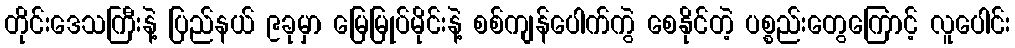
တိုင်းဒေသကြီးနဲ့ ပြည်နယ် ၉ခုမှာ မြေမြုပ်မိုင်းနဲ့ စစ်ကျန်ပေါက်ကွဲ စေနိုင်တဲ့ ပစ္စည်းတွေကြောင့် လူပေါင်း